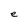
Character: e